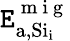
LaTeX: \mathtt{E}_{\mathrm{{a,Si_{i}}}}^{\mathrm{{~m~i~g~}}}